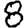
Digit: 8